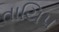
તાયિપ